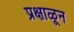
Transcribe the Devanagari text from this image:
प्रक्षाळून